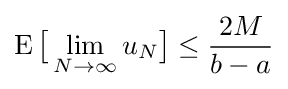
\operatorname {E} {\big [}\lim _{N\to \infty }u_{N}{\big ]}\leq {\frac {2M}{b-a}}